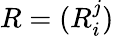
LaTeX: R=(R_{i}^{j})